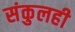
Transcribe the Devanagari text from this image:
संकुलही